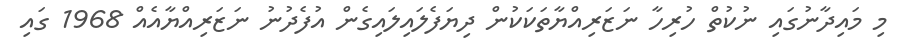
މި މައިދާނުގައި ނުކުތް ހުރިހާ ނަޒަރިއްޔާތަކަކުން ދިޔަފެލައިލައިގެން އުފެދުނު ނަޒަރިއްޔާއެއް 1968 ގައި